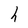
Character: h